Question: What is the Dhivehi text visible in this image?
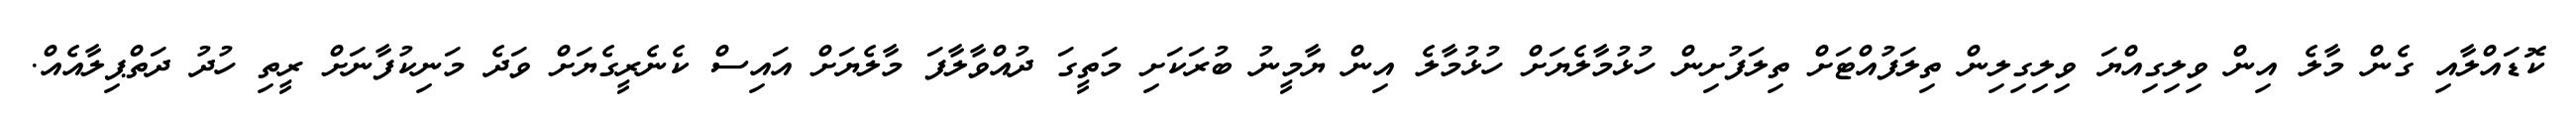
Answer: ކޮޑައްލާއި ގެން މާލެ އިން ވިލިގިއްޔަ ވިލިގިލިން ތިލަފުއްޓަށް ތިލަފުށިން ހުޅުމާލެޔަށް ހުޅުމާލެ އިން ޔާމީނު ބުރަކަށި މަތީގަ ދުއްވާލާފަ މާލެޔަށް އައިސް ކެނެރީގެޔަށް ވަދެ މަނިކުފާނަށް ރީތި ހުދު ދަތްޕިލާއެއް.